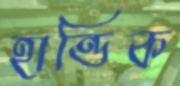
হান্ডিক